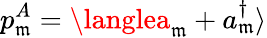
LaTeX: p_{\mathfrak{m}}^{A}=\langlea_{\mathfrak{m}}^{\phantom{\dagger}}+a_{\mathfrak{m}}^{\dagger}\rangle